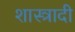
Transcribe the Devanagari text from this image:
शास्त्रादी